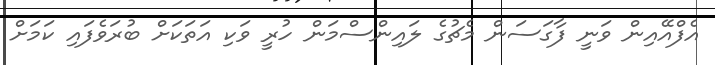
އެފްއޭއިން ވަނީ ފާގަސަން މެޗުގެ ލައިންސްމަން ހުރީ ވަކި އަތަކަށް ބުރަވެފައި ކަމަށް